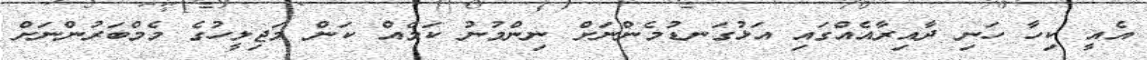
އެއީ ކިހާ ހަނި ދާއިރާއެއްގައި އަޅުގަނޑުމެންނަށް ނިންމުނު ކަމެއް ކަން މަޖިލީހުގެ މެމްބަރުންނަށް